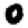
Digit: 0